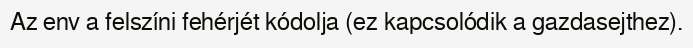
Az env a felszíni fehérjét kódolja (ez kapcsolódik a gazdasejthez).